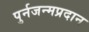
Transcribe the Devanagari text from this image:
पुर्नजन्मप्रदान